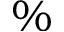
\%